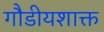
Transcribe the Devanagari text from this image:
गौडीयशाक्त